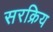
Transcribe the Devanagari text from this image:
सरक्रिय